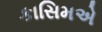
કાસિમએ